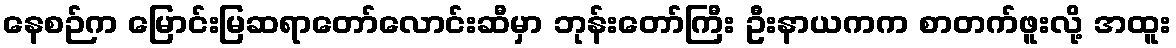
နေစဉ်က မြောင်းမြဆရာတော်လောင်းဆီမှာ ဘုန်းတော်ကြီး ဦးနာယကက စာတက်ဖူးလို့ အထူး